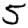
Digit: 5